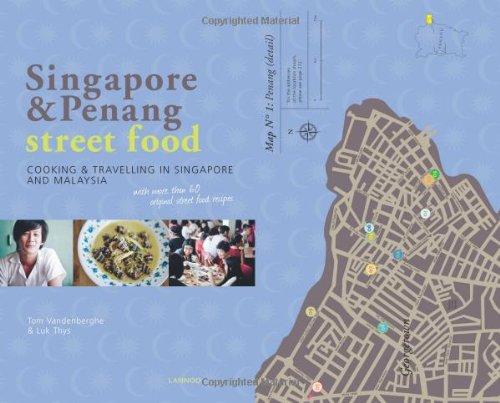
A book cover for Singapore & Penang Street Food: Cooking and Travelling in Singapore and Malasia; Tom Vandenberghe; Travel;